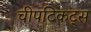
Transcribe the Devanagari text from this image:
चीपटिकट्स